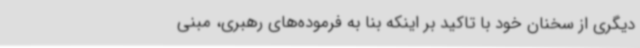
دیگری از سخنان خود با تاکید بر اینکه بنا به فرموده‌های رهبری، مبنی